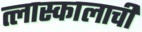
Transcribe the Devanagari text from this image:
त्लास्कालाची